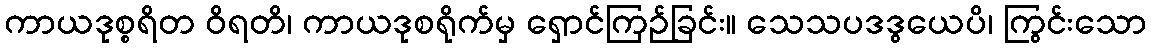
ကာယဒုစ္စရိတ ဝိရတိ၊ ကာယဒုစရိုက်မှ ရှောင်ကြဉ်ခြင်း။ သေသပဒဒွယေပိ၊ ကြွင်းသော